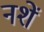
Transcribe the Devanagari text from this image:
नशें